Civil Veterinary Department. Central Provinces & Berar 1932-41 - 1932-1941
Year: 1932
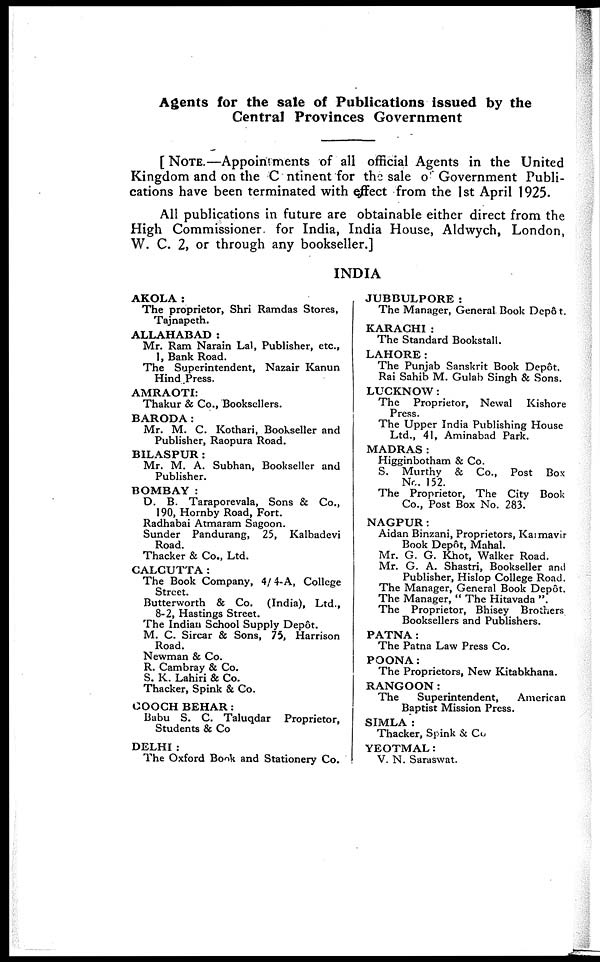
Agents for the sale of Publications issued by the
Central Provinces Government
[NOTE.—Appointments of all official Agents in the United
Kingdom and on the Continent for the sale of Government Publi-
cations have been terminated with effect from the 1st April 1925.
All publications in future are obtainable either direct from the
High Commissioner for India, India House, Aldwych, London,
W. C. 2, or through any bookseller.]
INDIA
AKOLA:
The proprietor, Shri Ramdas Stores,
Tajnapeth.
ALLAHABAD :
Mr. Ram Narain Lal, Publisher, etc.,
1, Bank Road.
The Superintendent, Nazair Kanun
Hind Press.
AMRAOTI:
Thakur & Co., Booksellers.
BARODA:
Mr. M. C. Kothari, Bookseller and
Publisher, Raopura Road.
BILASPUR :
Mr. M. A. Subhan, Bookseller and
Publisher.
BOMBAY :
D. B. Taraporevala, Sons & Co.,
190, Hornby Road, Fort.
Radhabai Atmaram Sagoon.
Sunder Pandurang, 25, Kalbadevi
Road.
Thacker & Co., Ltd.
CALCUTTA:
The Book Company, 4/ 4-A, College
Street.
Butterworth & Co. (India), Ltd.,
8-2, Hastings Street.
The Indian School Supply Depôt.
M. C. Sircar & Sons, 75, Harrison
Road.
Newman & Co.
R. Cambray & Co.
S. K. Lahiri & Co.
Thacker, Spink & Co.
COOCH BEHAR :
Babu S. C. Taluqdar Proprietor,
Students & Co
DELHI:
The Oxford Book and Stationery Co.
JUBBULPORE:
The Manager, General Book Depôt.
KARACHI :
The Standard Bookstall.
LAHORE:
The Punjab Sanskrit Book Depôt.
Rai Sahib M. Gulab Singh & Sons.
LUCKNOW:
The Proprietor, Newal
Kishore
Press.
The Upper India Publishing House
Ltd., 41, Aminabad Park.
MADRAS:
Higginbotham & Co.
S. Murthy & Co., Post Box
No. 152.
The Proprietor, The City Book
Co., Post Box No. 283.
NAGPUR:
Aidan Binzani, Proprietors, Karmavir
Book Depôt, Mahal.
Mr. G. G. Khot, Walker Road.
Mr. G. A. Shastri, Bookseller and
Publisher, Hislop College Road.
The Manager, General Book Depôt.
The Manager, " The Hitavada ".
The Proprietor, Bhisey Brothers
Booksellers and Publishers.
PATNA:
The Patna Law Press Co.
POONA:
The Proprietors, New Kitabkhana.
RANGOON:
The
Superintendent,
American
Baptist Mission Press.
SIMLA :
Thacker, Spink & Co.
YEOTMAL:
V. N. Saraswat.